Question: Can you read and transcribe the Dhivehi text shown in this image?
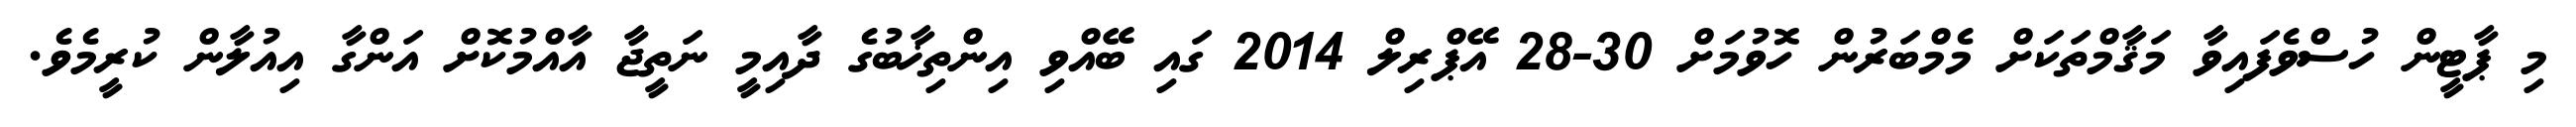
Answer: މި ޕާޓީން ހުސްވެފައިވާ މަޤާމްތަކަށް މެމްބަރުން ހޮވުމަށް 30-28 އޭޕްރިލް 2014 ގައި ބޭއްވި އިންތިޚާބުގެ ދާއިމީ ނަތީޖާ އާއްމުކޮށް އަންގާ އިއުލާން ކުރީމެވެ.